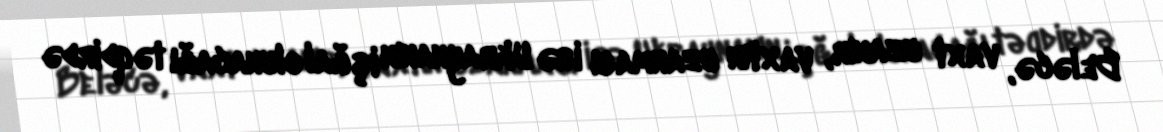
Beləcə, vaxt uzanır, vaxtın uzanması isə Ukraynanın işğal olunacağı təqdirdə